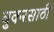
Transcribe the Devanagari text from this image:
बुकरसाठी